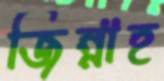
জিন্নাহ